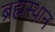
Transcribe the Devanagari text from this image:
ब्रह्मस्थान